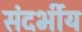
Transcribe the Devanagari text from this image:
संदर्भीय